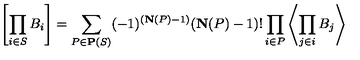
\left[ \prod _ { i \in S } B _ { i } \right] = \sum _ { P \in \mathbf { P } ( S ) } ( - 1 ) ^ { ( \mathbf { N } ( P ) - 1 ) } ( \mathbf { N } ( P ) - 1 ) ! \prod _ { i \in P } \left\langle \prod _ { j \in i } B _ { j } \right\rangle